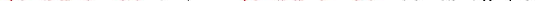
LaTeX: \smash{\ensuremath{\mathcal{D}_{\perp}}=\ensuremath{\mathrm{\ textsl{v}}_{0}}^{2}/\upsilon}